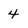
Character: 4